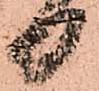
日